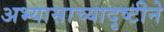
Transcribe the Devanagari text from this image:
अभ्यासाच्यादृष्टीने